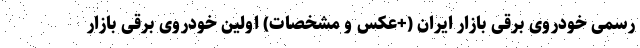
رسمی خودروی برقی بازار ایران (+عکس و مشخصات) اولین خودروی برقی بازار